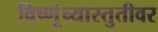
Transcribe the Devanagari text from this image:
विष्णूंच्यास्तुतीवर